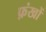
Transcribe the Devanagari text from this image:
फ़ंखों